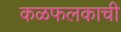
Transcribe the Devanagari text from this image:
कळफलकाची